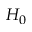
H _ { 0 }